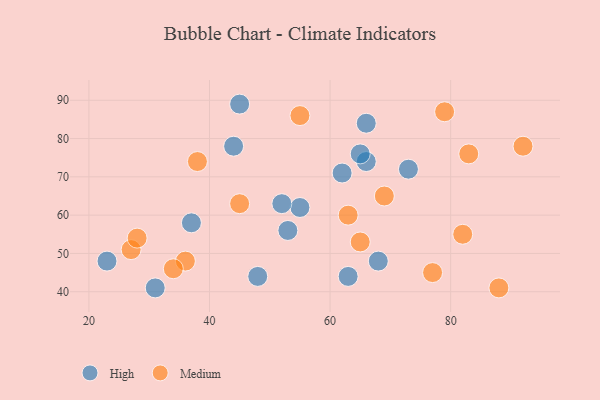
{"axis": {"x": "GDP", "y": "Life Expectancy"}, "legend": ["High", "Medium"], "data": [{"x": "73", "y": 72, "type": "High"}, {"x": "66", "y": 74, "type": "High"}, {"x": "66", "y": 84, "type": "High"}, {"x": "65", "y": 76, "type": "High"}, {"x": "44", "y": 78, "type": "High"}, {"x": "37", "y": 58, "type": "High"}, {"x": "68", "y": 48, "type": "High"}, {"x": "55", "y": 62, "type": "High"}, {"x": "62", "y": 71, "type": "High"}, {"x": "45", "y": 89, "type": "High"}, {"x": "53", "y": 56, "type": "High"}, {"x": "48", "y": 44, "type": "High"}, {"x": "31", "y": 41, "type": "High"}, {"x": "52", "y": 63, "type": "High"}, {"x": "63", "y": 44, "type": "High"}, {"x": "23", "y": 48, "type": "High"}, {"x": "27", "y": 51, "type": "Medium"}, {"x": "45", "y": 63, "type": "Medium"}, {"x": "88", "y": 41, "type": "Medium"}, {"x": "63", "y": 60, "type": "Medium"}, {"x": "28", "y": 54, "type": "Medium"}, {"x": "36", "y": 48, "type": "Medium"}, {"x": "69", "y": 65, "type": "Medium"}, {"x": "34", "y": 46, "type": "Medium"}, {"x": "82", "y": 55, "type": "Medium"}, {"x": "55", "y": 86, "type": "Medium"}, {"x": "92", "y": 78, "type": "Medium"}, {"x": "79", "y": 87, "type": "Medium"}, {"x": "65", "y": 53, "type": "Medium"}, {"x": "77", "y": 45, "type": "Medium"}, {"x": "38", "y": 74, "type": "Medium"}, {"x": "83", "y": 76, "type": "Medium"}]}